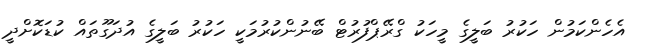
އެހެންކަމުން ހަކުރު ބަލީގެ މީހަކު ގްރޭޕްފުރުޓް ބޭނުންކުރުމަކީ ހަކުރު ބަލީގެ އުދަގޫތައް ކުޑަކޮށްދީ